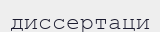
диссертаци